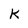
Character: k